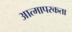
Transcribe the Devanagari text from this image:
आत्मापरकता